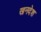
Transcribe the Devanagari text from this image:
खनदेश